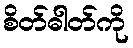
စိတ်ဓါတ်ကို